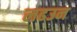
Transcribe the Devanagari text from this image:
लढउन